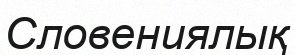
Словениялық